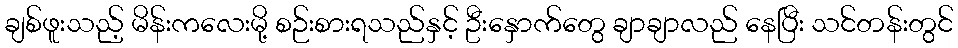
ချစ်ဖူးသည့် မိန်းကလေးမို့ စဉ်းစားရသည်နှင့် ဦးနှောက်တွေ ချာချာလည် နေပြီး သင်တန်းတွင်